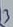
Text: 3